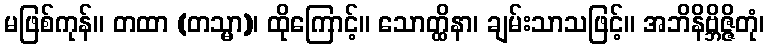
မဖြစ်ကုန်။ တထာ (တသ္မာ)၊ ထိုကြောင့်။ သောတ္ထိနာ၊ ချမ်းသာသဖြင့်။ အဘိနိဗ္ဘိဇ္ဇိတုံ၊